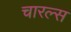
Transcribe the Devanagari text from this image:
चारल्स